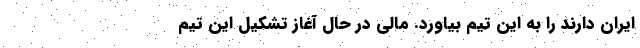
ایران دارند را به این تیم بیاورد. مالی در حال آغاز تشکیل این تیم